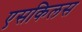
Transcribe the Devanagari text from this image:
एसकिलस